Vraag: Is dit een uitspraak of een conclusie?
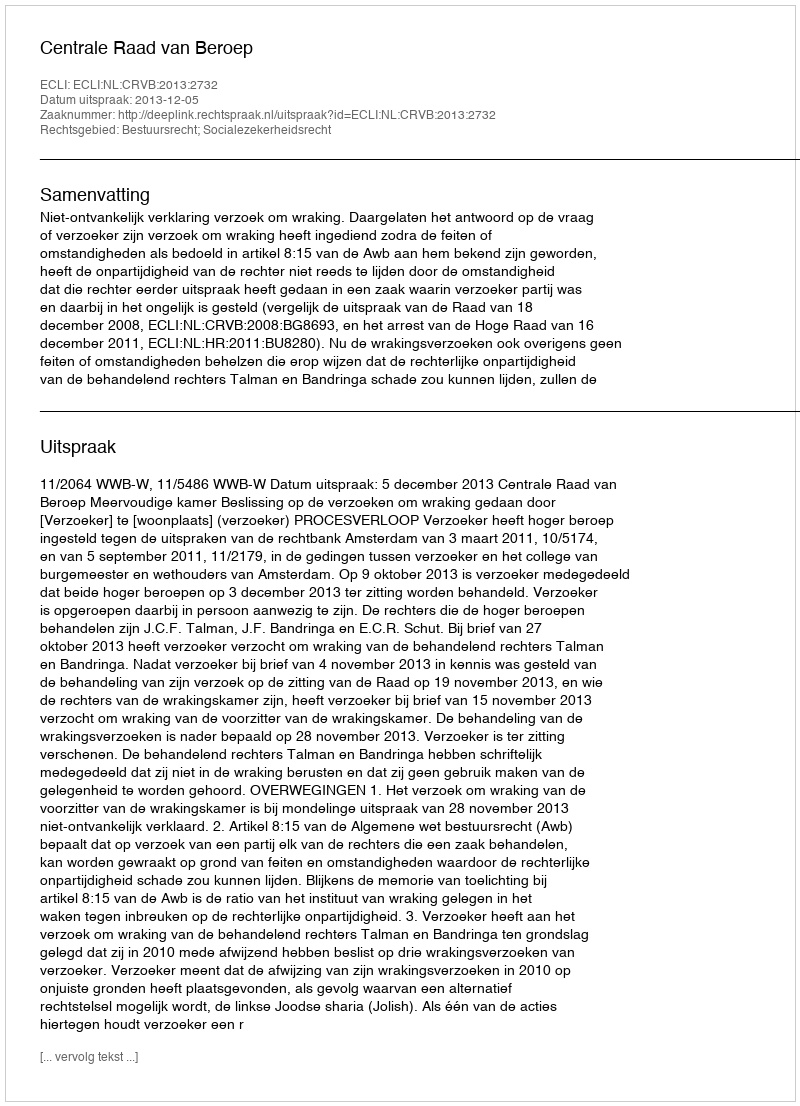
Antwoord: Uitspraak